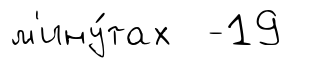
м'ину́тах -19